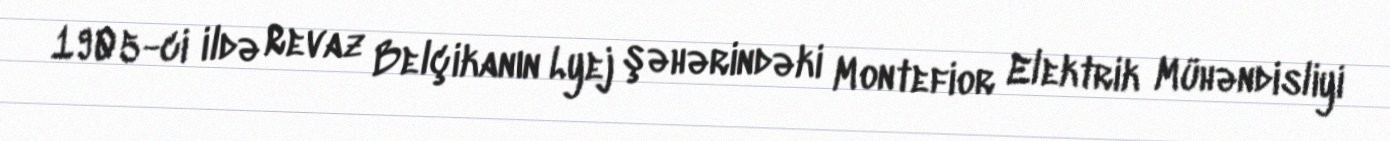
1905-ci ildə Revaz Belçikanın Lyej şəhərindəki Montefior Elektrik Mühəndisliyi